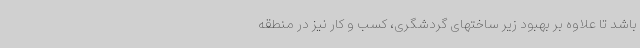
باشد تا علاوه بر بهبود زیر ساختهای گردشگری، کسب و کار نیز در منطقه